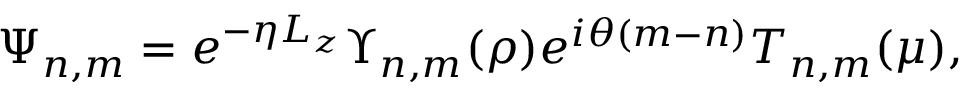
\Psi _ { n , m } = e ^ { - \eta L _ { z } } \Upsilon _ { n , m } ( \rho ) e ^ { i \theta ( m - n ) } T _ { n , m } ( \mu ) ,